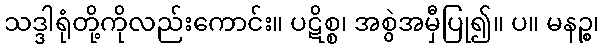
သဒ္ဒါရုံတို့ကိုလည်းကောင်း။ ပဋိစ္စ၊ အစွဲအမှီပြု၍။ ပ။ မနဉ္စ၊